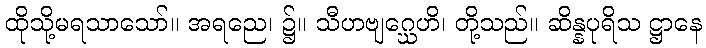
ထိုသို့မရသာသော်။ အရညေ၊ ၌။ သီဟဗျဂ္ဃေဟိ၊ တို့သည်။ ဆိန္နပုရိသ ဋ္ဌာနေ